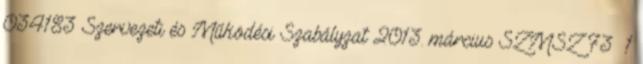
034183 Szervezeti és Működési Szabályzat 2013. március SZMSZ 73 1